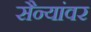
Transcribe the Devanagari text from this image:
सैन्यांवर